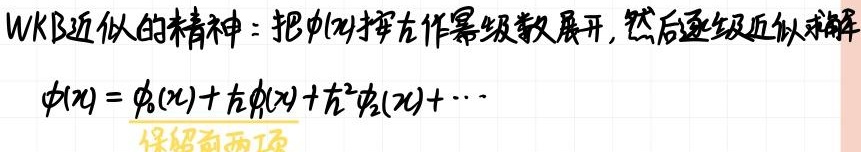
WKB近似的精神：把\(\phi(x)\)按\(\hbar\)作幂级数展开，然后逐级近似求解\(\phi(x)=\phi_0(x)+\hbar\phi_1(x)+\hbar^{2}\phi_2(x)+\cdots\)，保留前两项。